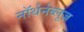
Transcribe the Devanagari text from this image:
नॉर्थर्नब्लूज़